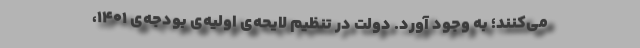
می‌کنند؛ به وجود آورد. دولت در تنظیمِ لایحه‌ی اولیه‌ی بودجه‌ی ۱۴۰۱،